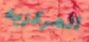
المركزيه